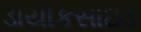
ડાયૉકસાઇડ